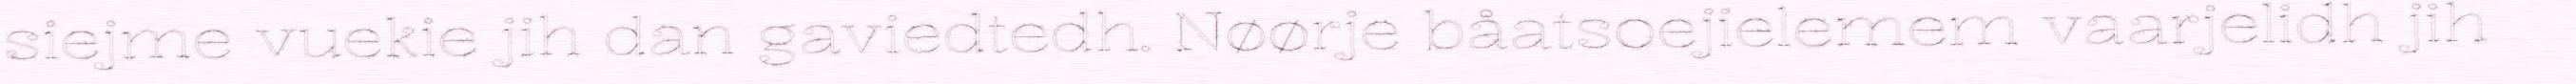
siejme vuekie jih dan gaviedtedh. Nøørje båatsoejielemem vaarjelidh jih